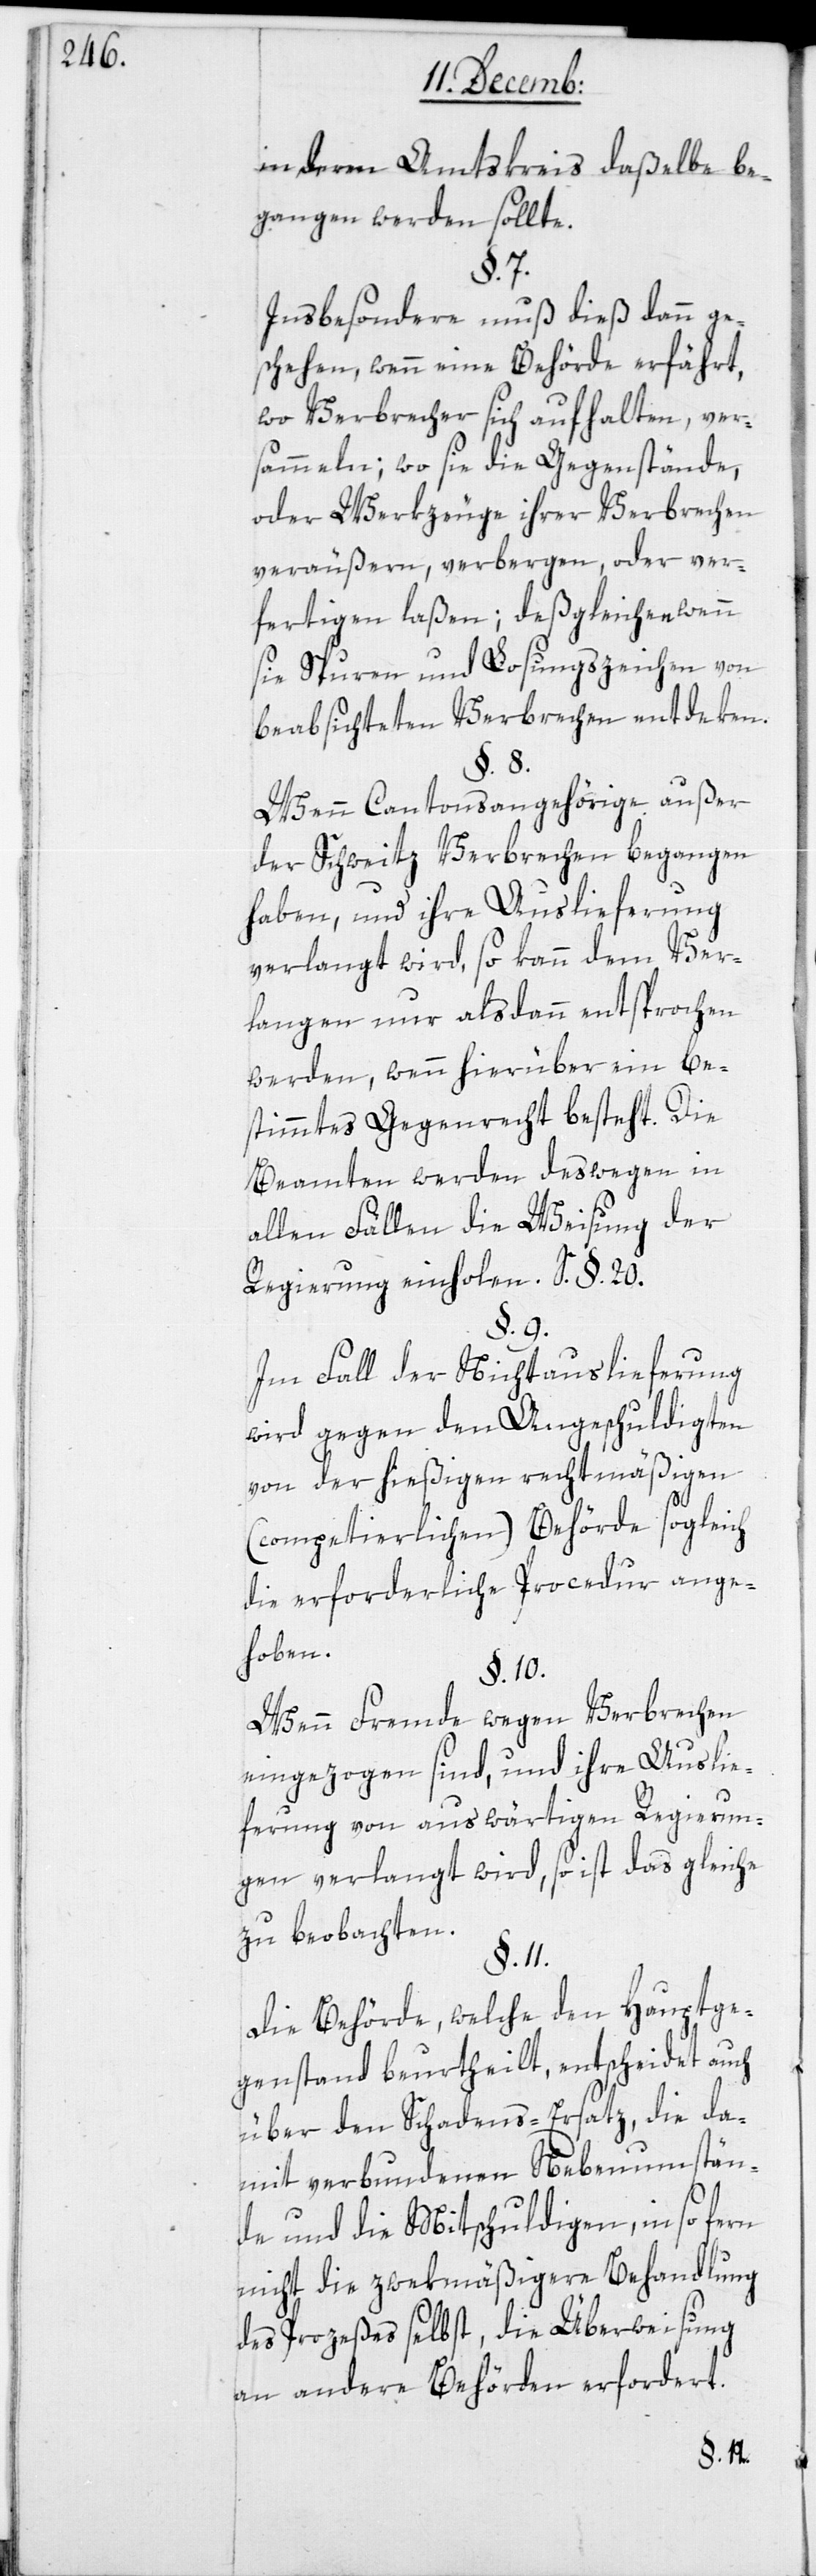
in dem Amtskreis daßelbe be¬
gangen werden sollte.
§. 7.
Insbesondere muß dieß dann ge¬
schehen, wenn eine Behörde erfährt,
wo Verbrecher sich aufhalten, ver¬
sammeln; wo sie die Gegenstände
oder Werkzeuge ihrer Verbrechen
veräußern, verbergen oder ver¬
fertigen laßen; deßgleichen wenn
sie Spuren und Losungszeichen von
beabsichteten Verbrechen entdeken.
§. 8.
Wenn Cantonsangehörige außer
der Schweitz Verbrechen begangen
haben, und ihre Auslieferung
verlangt wird, so kann dem Ver¬
langen nur alsdann entsprochen
werden, wenn hierüber ein be¬
stimmtes Gegenrecht besteht. Die
Beamten werden deswegen in
allen Fällen die Weisung der
Regierung einholen (S. §. 20.).
§. 9.
Im Fall der Nichtauslieferung
wird gegen den Angeschuldigten
von der hießigen rechtmäßigen
(competierlichen) Behörde sogleich
die erforderliche Procedur ange¬
hoben.
§. 10.
Wenn Fremde wegen Verbrechen
eingezogen sind, und ihre Auslie¬
ferung von auswärtigen Regierun¬
gen verlangt wird, so ist das Gleiche
zu beobachten.
§. 11.
Die Behörde, welche den Hauptge¬
genstand beurtheilt, entscheidet auch
über den Schadens-Ersatz, die da¬
mit verbundenen Nebenumstän¬
de und die Mitschuldigen, in so fern
nicht die zwekmäßigere Behandlung
des Prozeßes selbst, die Überweisung
an andere Behörden erfordert.